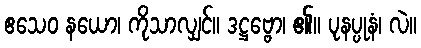
ဧသေဝ နယော၊ ကိုသာလျှင်။ ဒဋ္ဌဗ္ဗော၊ ၏။ ပုနပ္ပုနံ၊ လဲ။